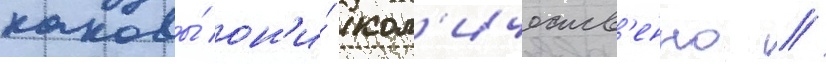
каковы́ он'и́ кол'ичеств'енно /